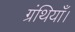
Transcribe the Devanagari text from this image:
ग्रंथियाँ।